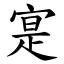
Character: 寔